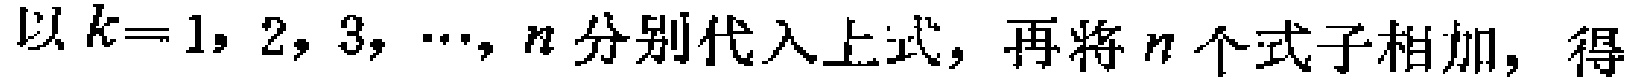
以 \(k = 1,2,3,\cdots,n\) 分别代入上式，再将 \(n\) 个式子相加，得